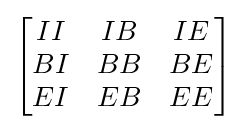
{\begin{bmatrix}II&IB&IE\\BI&BB&BE\\EI&EB&EE\end{bmatrix}}